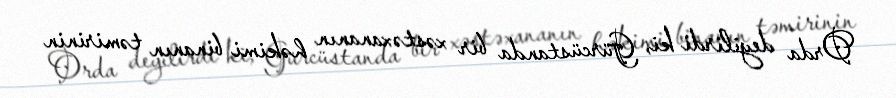
Orda deyilirdi ki, Gürcüstanda bir xəstəxananın həkimi binanın təmirinin